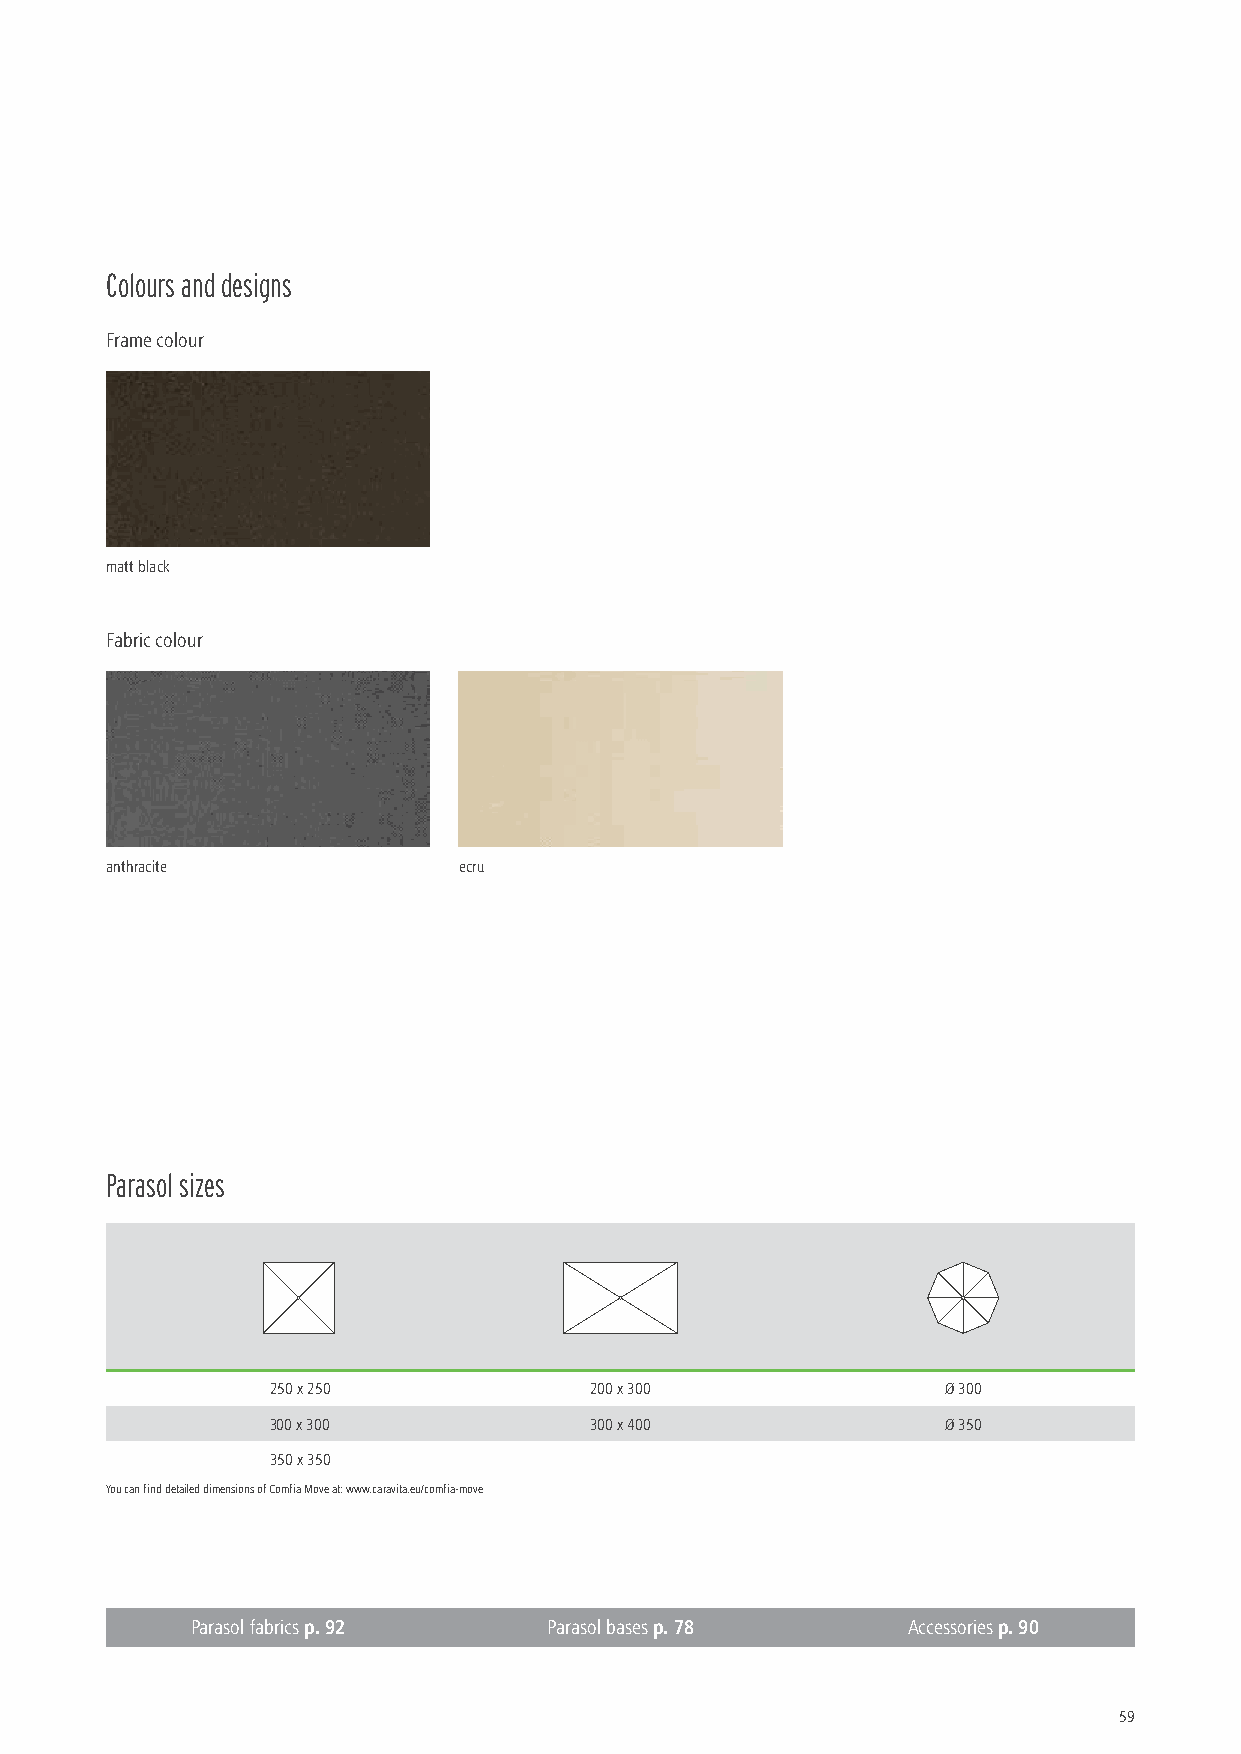
Colours and designs
 Frame colour
 matt black
 Fabric colour
 anthracite             ecru
 Parasol sizes
 250 x 250            200 x 300               Ø 300
 300 x 300            300 x 400               Ø 350
 350 x 350
 You can find detailed dimensions of Comfia Move at: www.caravita.eu/comfia-move
 Parasol fabrics p. 92  Parasol bases p. 78     Accessories p. 90
 59